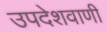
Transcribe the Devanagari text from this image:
उपदेशवाणी